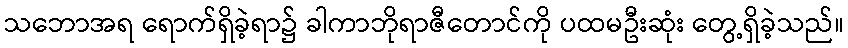
သဘောအရ ရောက်ရှိခဲ့ရာ၌ ခါကာဘိုရာဇီတောင်ကို ပထမဦးဆုံး တွေ့ရှိခဲ့သည်။